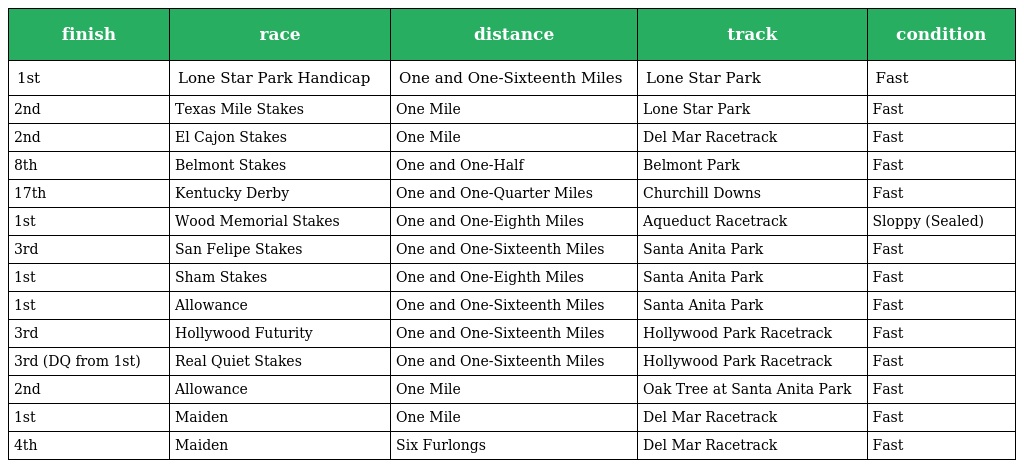
| finish | race | distance | track | condition |
 | --- | --- | --- | --- | --- |
 | 1st | Lone Star Park Handicap | One and One-Sixteenth Miles | Lone Star Park | Fast |
 | 2nd | Texas Mile Stakes | One Mile | Lone Star Park | Fast |
 | 2nd | El Cajon Stakes | One Mile | Del Mar Racetrack | Fast |
 | 8th | Belmont Stakes | One and One-Half | Belmont Park | Fast |
 | 17th | Kentucky Derby | One and One-Quarter Miles | Churchill Downs | Fast |
 | 1st | Wood Memorial Stakes | One and One-Eighth Miles | Aqueduct Racetrack | Sloppy (Sealed) |
 | 3rd | San Felipe Stakes | One and One-Sixteenth Miles | Santa Anita Park | Fast |
 | 1st | Sham Stakes | One and One-Eighth Miles | Santa Anita Park | Fast |
 | 1st | Allowance | One and One-Sixteenth Miles | Santa Anita Park | Fast |
 | 3rd | Hollywood Futurity | One and One-Sixteenth Miles | Hollywood Park Racetrack | Fast |
 | 3rd (DQ from 1st) | Real Quiet Stakes | One and One-Sixteenth Miles | Hollywood Park Racetrack | Fast |
 | 2nd | Allowance | One Mile | Oak Tree at Santa Anita Park | Fast |
 | 1st | Maiden | One Mile | Del Mar Racetrack | Fast |
 | 4th | Maiden | Six Furlongs | Del Mar Racetrack | Fast |